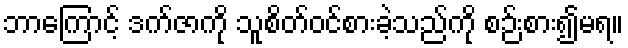
ဘာကြောင့် ဒက်ဇာကို သူစိတ်ဝင်စားခဲ့သည်ကို စဉ်းစား၍မရ။